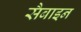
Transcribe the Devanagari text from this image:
सैबाइन